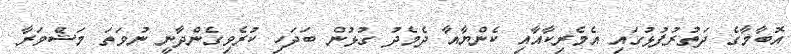
އޮބާމާގެ ދަތުރުފުޅުގައި އެމެރިކާއާއި ކެންޔާއާ ދެމެދު ގުޅުން ބަދަހި ކުރެވިގެންދާނީ ނުވަތަ މަޝްވަރާ